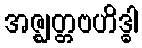
အဇ္ဈတ္တဗဟိဒ္ဓါ